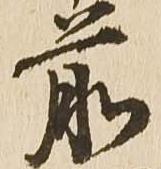
前